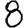
Digit: 8